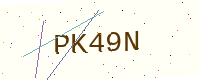
Text: PK49N